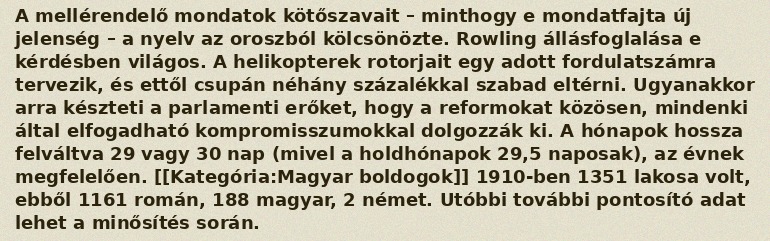
A mellérendelő mondatok kötőszavait – minthogy e mondatfajta új jelenség – a nyelv az oroszból kölcsönözte. Rowling állásfoglalása e kérdésben világos. A helikopterek rotorjait egy adott fordulatszámra tervezik, és ettől csupán néhány százalékkal szabad eltérni. Ugyanakkor arra készteti a parlamenti erőket, hogy a reformokat közösen, mindenki által elfogadható kompromisszumokkal dolgozzák ki. A hónapok hossza felváltva 29 vagy 30 nap (mivel a holdhónapok 29,5 naposak), az évnek megfelelően. [[Kategória:Magyar boldogok]] 1910-ben 1351 lakosa volt, ebből 1161 román, 188 magyar, 2 német. Utóbbi további pontosító adat lehet a minősítés során.